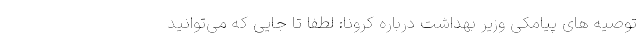
توصیه های پیامکی وزیر بهداشت درباره کرونا: لطفا تا جایی که می‌توانید